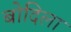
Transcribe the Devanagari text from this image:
बोदिला